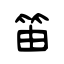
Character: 笛